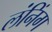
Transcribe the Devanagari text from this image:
लंनिंग